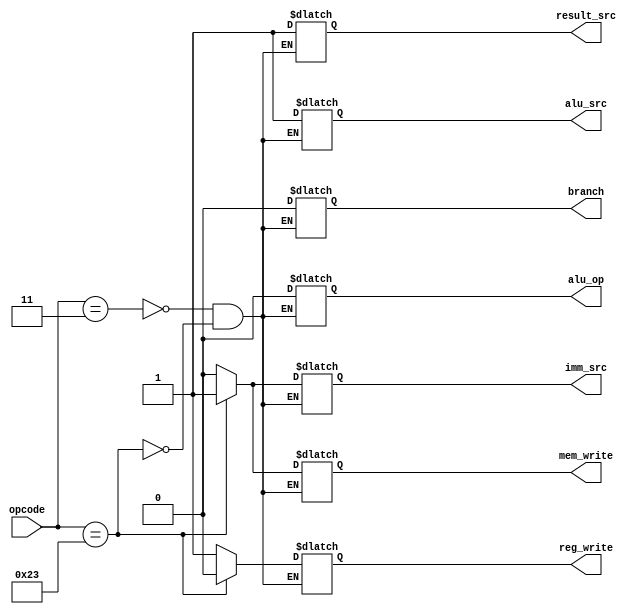
module main_decoder (input [7-1:0] opcode,
                     output reg_write,
                     output imm_src,
                     output alu_src,
                     output mem_write,
                     output result_src,
                     output branch,
                     output alu_op,
                    );

    always @* begin
        case (opcode)
            7'b0000011: // lw
                begin
                    reg_write = 1'b1;
                    imm_src = 2'b00;
                    alu_src = 1'b1;
                    mem_write = 1'b0;
                    result_src = 1'b1;
                    branch = 1'b0;
                    alu_op = 2'b00;
                end
            7'b0100011: // sw
                begin
                    reg_write = 1'b0;
                    imm_src = 2'b01;
                    alu_src = 1'b1;
                    mem_write = 1'b1;
                    result_src = 1'bX;
                    branch = 1'b0;
                    alu_op = 2'b00;
                end
            7'b0100011: // R-type
                begin
                    reg_write = 1'b1;
                    imm_src = 2'bXX;
                    alu_src = 1'b0;
                    mem_write = 1'b0;
                    result_src = 1'b0;
                    branch = 1'b0;
                    alu_op = 2'b10;
                end
            7'b0100011: // beq
                begin
                    reg_write = 1'b0;
                    imm_src = 2'b10;
                    alu_src = 1'b0;
                    mem_write = 1'b0;
                    result_src = 1'bX;
                    branch = 1'b1;
                    alu_op = 2'b01;
                end
        endcase
    end

endmodule